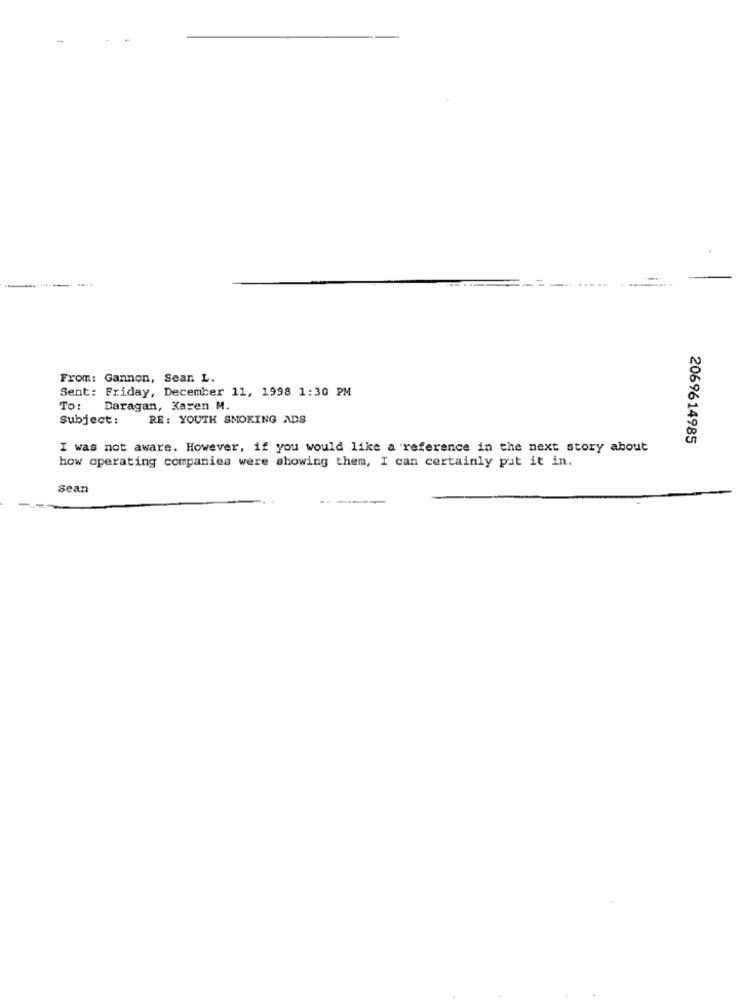
From: Gannon, Sean L.
Sent: Friday, December 11, 1998 1:30 PM
To:
Daragan, Karen M.
Subject:
RE: YOUTH SMOKING ADS
2069614985
I was not aware. However, if you would like a reference in the next story about
how operating companies were showing them, I can certainly put it in.
Sean